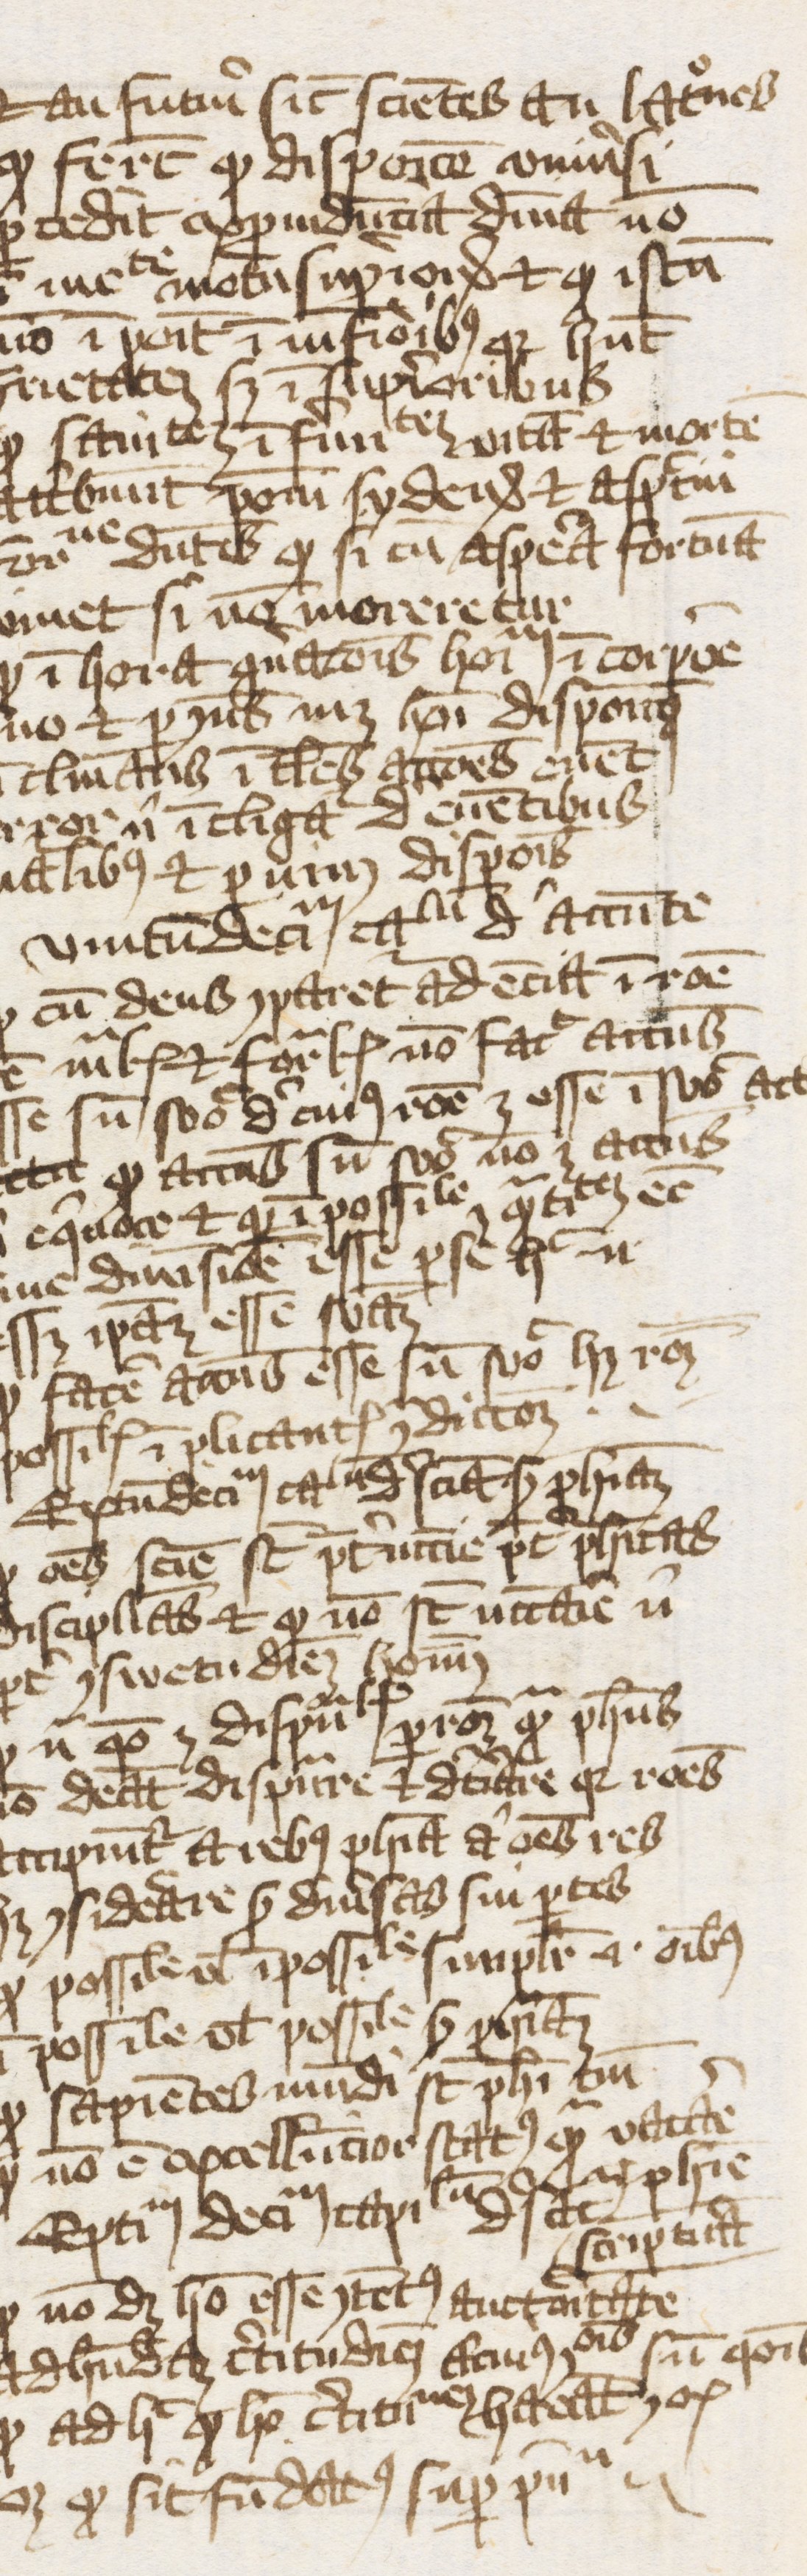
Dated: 1374–1374